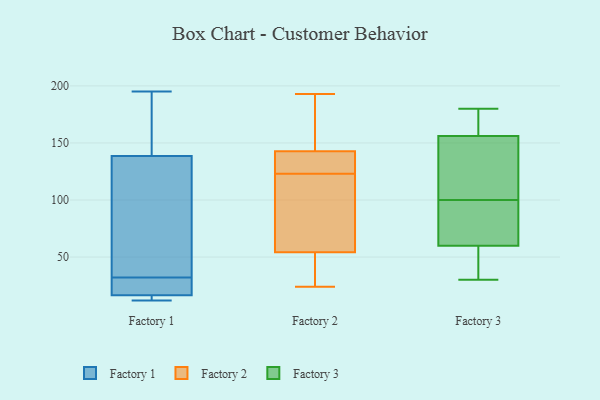
{"axis": {"x": "Headcount", "y": "Value"}, "legend": ["Factory 1", "Factory 2", "Factory 3"], "data": [{"x": "", "y": 17, "type": "Factory 1"}, {"x": "", "y": 103, "type": "Factory 1"}, {"x": "", "y": 12, "type": "Factory 1"}, {"x": "", "y": 15, "type": "Factory 1"}, {"x": "", "y": 40, "type": "Factory 1"}, {"x": "", "y": 187, "type": "Factory 1"}, {"x": "", "y": 195, "type": "Factory 1"}, {"x": "", "y": 130, "type": "Factory 1"}, {"x": "", "y": 147, "type": "Factory 1"}, {"x": "", "y": 155, "type": "Factory 1"}, {"x": "", "y": 20, "type": "Factory 1"}, {"x": "", "y": 12, "type": "Factory 1"}, {"x": "", "y": 86, "type": "Factory 1"}, {"x": "", "y": 16, "type": "Factory 1"}, {"x": "", "y": 24, "type": "Factory 1"}, {"x": "", "y": 19, "type": "Factory 1"}, {"x": "", "y": 143, "type": "Factory 2"}, {"x": "", "y": 112, "type": "Factory 2"}, {"x": "", "y": 123, "type": "Factory 2"}, {"x": "", "y": 43, "type": "Factory 2"}, {"x": "", "y": 35, "type": "Factory 2"}, {"x": "", "y": 88, "type": "Factory 2"}, {"x": "", "y": 24, "type": "Factory 2"}, {"x": "", "y": 185, "type": "Factory 2"}, {"x": "", "y": 193, "type": "Factory 2"}, {"x": "", "y": 127, "type": "Factory 2"}, {"x": "", "y": 142, "type": "Factory 2"}, {"x": "", "y": 60, "type": "Factory 3"}, {"x": "", "y": 104, "type": "Factory 3"}, {"x": "", "y": 96, "type": "Factory 3"}, {"x": "", "y": 156, "type": "Factory 3"}, {"x": "", "y": 180, "type": "Factory 3"}, {"x": "", "y": 40, "type": "Factory 3"}, {"x": "", "y": 144, "type": "Factory 3"}, {"x": "", "y": 74, "type": "Factory 3"}, {"x": "", "y": 159, "type": "Factory 3"}, {"x": "", "y": 30, "type": "Factory 3"}]}